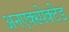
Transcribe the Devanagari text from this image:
अनएक्स्पेक्टेड